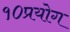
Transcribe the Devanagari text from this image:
१०प्रयोग